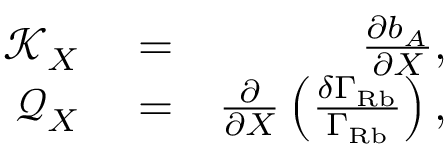
\begin{array} { r l r } { \mathcal { K } _ { X } } & { { } = } & { \frac { \partial b _ { A } } { \partial X } , } \\ { \mathcal { Q } _ { X } } & { { } = } & { \frac { \partial } { \partial X } \left( \frac { \delta \Gamma _ { \mathrm { R b } } } { \Gamma _ { \mathrm { R b } } } \right) , } \end{array}